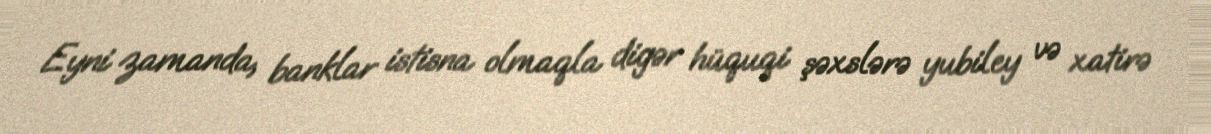
Eyni zamanda, banklar istisna olmaqla digər hüquqi şəxslərə yubiley və xatirə